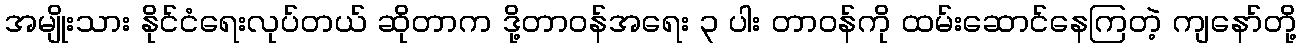
အမျိုးသား နိုင်ငံရေးလုပ်တယ် ဆိုတာက ဒို့တာဝန်အရေး ၃ ပါး တာဝန်ကို ထမ်းဆောင်နေကြတဲ့ ကျနော်တို့